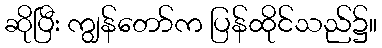
ဆိုပြီး ကျွန်တော်က ပြန်ထိုင်သည်၌။